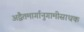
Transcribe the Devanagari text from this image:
अद्वैतमार्गानुगामीसाधक